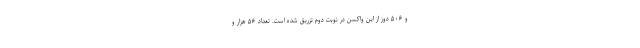
و ۵۰۶ دوز از این واکسن در نوبت دوم تزریق شده است. تعداد ۵۶ هزار و